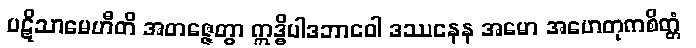
ပဋိသာမေဟီတိ အတဇ္ဇေတွာ ဣဒ္ဓိပါဒဘာဝေါ ဒဿနေန အမော အဟေတုကစိတ္တံ